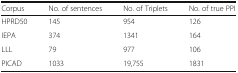
<table><thead><tr><td><b>Corpus</b></td><td><b>No. of sentences</b></td><td><b>No. of Triplets</b></td><td><b>No. of true PPI</b></td></tr></thead><tbody><tr><td>HPRD50</td><td>145</td><td>954</td><td>126</td></tr><tr><td>IEPA</td><td>374</td><td>1341</td><td>164</td></tr><tr><td>LLL</td><td>79</td><td>977</td><td>106</td></tr><tr><td>PICAD</td><td>1033</td><td>19,755</td><td>1831</td></tr></tbody></table>